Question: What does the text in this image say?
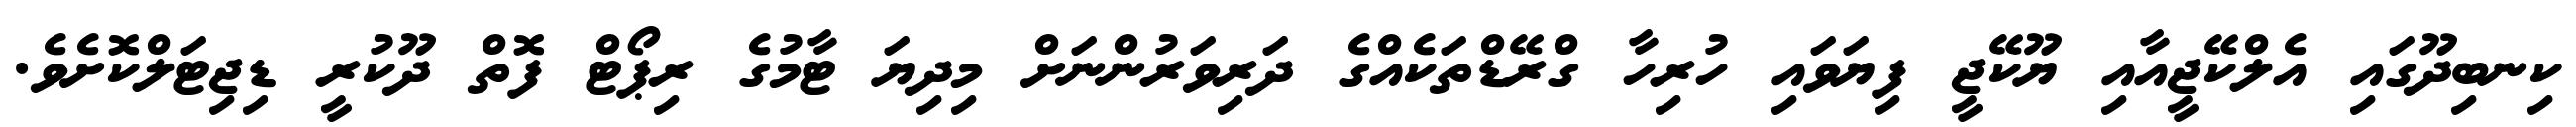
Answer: ކިނބިދޫގައި އެލްކޭޖީއާއި ޔޫކޭޖީ ފިޔަވައި ހުރިހާ ގްރޭޑްތަކެއްގެ ދަރިވަރުންނަށް މިދިޔަ ޓާމުގެ ރިޕޯޓް ފޮތް ދޫކުރީ ޑިޖިޓަލްކޮށެވެ.